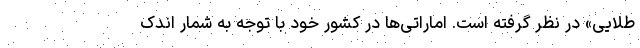
طلایی» در نظر گرفته است. اماراتی‌ها در کشور خود با توجه به شمار اندک